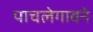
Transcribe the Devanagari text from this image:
पाचलेगावने